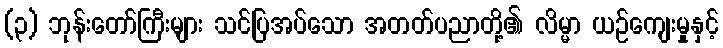
(၃) ဘုန်းတော်ကြီးများ သင်ပြအပ်သော အတတ်ပညာတို့၏ လိမ္မာ ယဉ်ကျေးမှုနှင့်